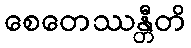
စေတေဿန္တီတိ